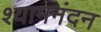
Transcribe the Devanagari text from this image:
श्यामनंदन